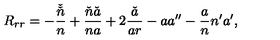
R _ { r r } = - \frac { \check { \check { n } } } { n } + \frac { \check { n } \check { a } } { n a } + 2 \frac { \check { a } } { a r } - a a ^ { \prime \prime } - \frac { a } { n } n ^ { \prime } a ^ { \prime } ,